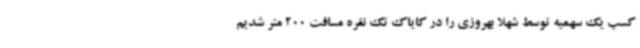
کسب یک سهمیه توسط شهلا بهروزی را در کایاک تک نفره مسافت 200 متر شدیم